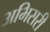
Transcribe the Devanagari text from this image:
अभिसरी